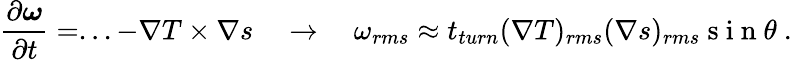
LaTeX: \frac{\partial\boldsymbol{\omega}}{\partial t}=...-\nabla T\times\nabla s\quad\rightarrow{}\quad\omega_{rms}\approx t_{turn}(\nabla T)_{rms}(\nabla s)_{rms}\mathrm{~s~i~n~}\theta~.